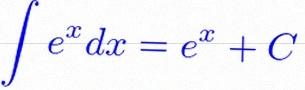
\int e^x dx=e^x+C